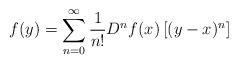
LaTeX: \begin{align*}f(y) =\sum_{n=0}^{\infty} \frac{1}{n!} D^nf(x)\left[(y - x)^n\right]\end{align*}